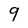
Character: 9